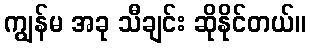
ကျွန်မ အခု သီချင်း ဆိုနိုင်တယ်။